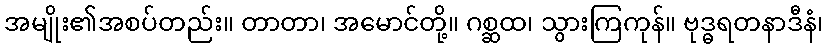
အမျိုး၏အစပ်တည်း။ တာတာ၊ အမောင်တို့။ ဂစ္ဆထ၊ သွားကြကုန်။ ဗုဒ္ဓရတနာဒီနံ၊